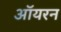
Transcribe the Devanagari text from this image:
ऑयरन